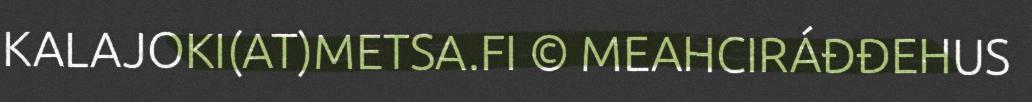
KALAJOKI(AT)METSA.FI © MEAHCIRÁĐĐEHUS